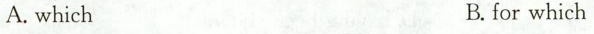
A. which B.for which